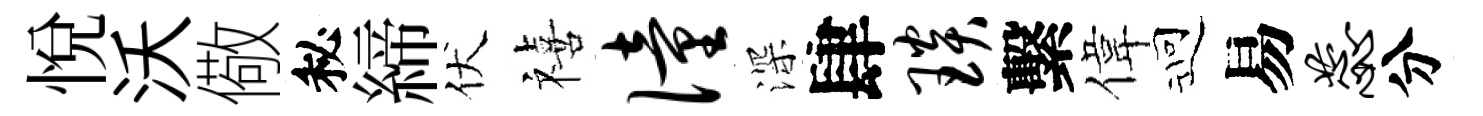
悦沃儆秘締伏禧僮深肆琰繫偉迎易蕊分